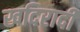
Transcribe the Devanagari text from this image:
खदिरादी